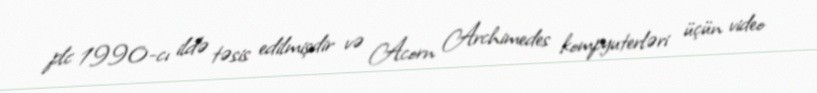
plc 1990-cı ildə təsis edilmişdir və Acorn Archimedes kompyuterləri üçün video